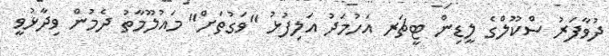
ދުވާފަރު ސްކޫލްގެ ލީޑިން ޓީޗަރ އަހުމަދު އަލިފުޅު "ވަގުތަށް" މައުލޫމާތު ދެމުން ވިދާޅުވީ